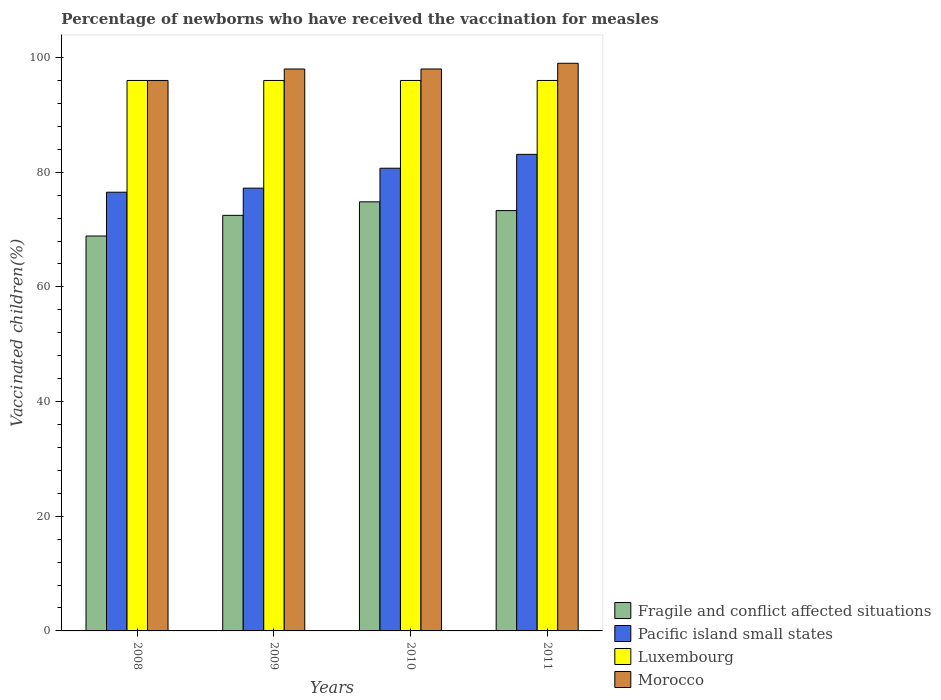
| Years | Fragile and conflict affected situations | Pacific island small states | Luxembourg | Morocco |
 | --- | --- | --- | --- | --- |
 | 2008 | 68.9 | 76.5 | 96 | 96 |
 | 2009 | 72.5 | 77.2 | 96 | 98 |
 | 2010 | 74.8 | 80.7 | 96 | 98 |
 | 2011 | 73.3 | 83.1 | 96 | 99 |